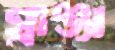
গ্রাঞ্জা